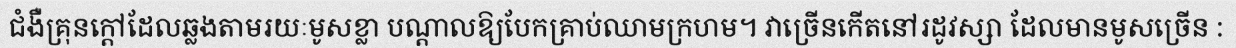
ជំងឺគ្រុនក្តៅដែលឆ្លងតាមរយៈមូសខ្លា បណ្តាលឱ្យបែកគ្រាប់ឈាមក្រហម។ វាច្រើនកើតនៅរដូវស្សា ដែលមានមូសច្រើន :